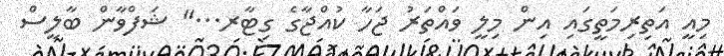
މިއީ އަތިރިމަތީގައި އިން މިލީ ވައްތަރު ޖަހާ ކުއްޖާގެ ގިޓާރ..." ޝަފްވާން ބާލީސް